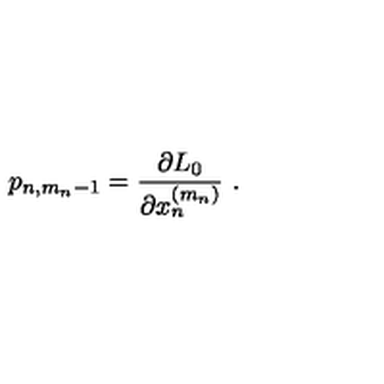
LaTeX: p _ { n , m _ { n } - 1 } = \frac { \partial L _ { 0 } } { \partial x _ { n } ^ { ( m _ { n } ) } } \ .